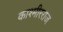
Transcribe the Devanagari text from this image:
काश्मीरराज